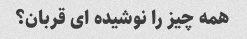
همه چیز را نوشیده ای قربان؟